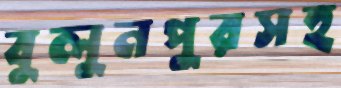
বুলুনপুরসহ